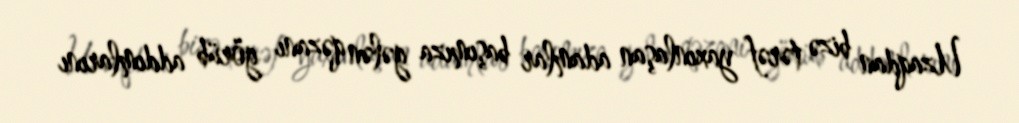
Uzaqdan bizə tərəf yaxınlaşan adamlar başımıza gələn qəzanı görüb addımlarını